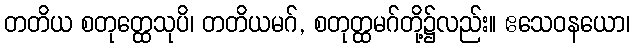
တတိယ စတုတ္ထေသုပိ၊ တတိယမဂ်, စတုတ္ထမဂ်တို့၌လည်း။ ဧသေဝနယော၊